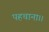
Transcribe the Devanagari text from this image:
पहचाना।।